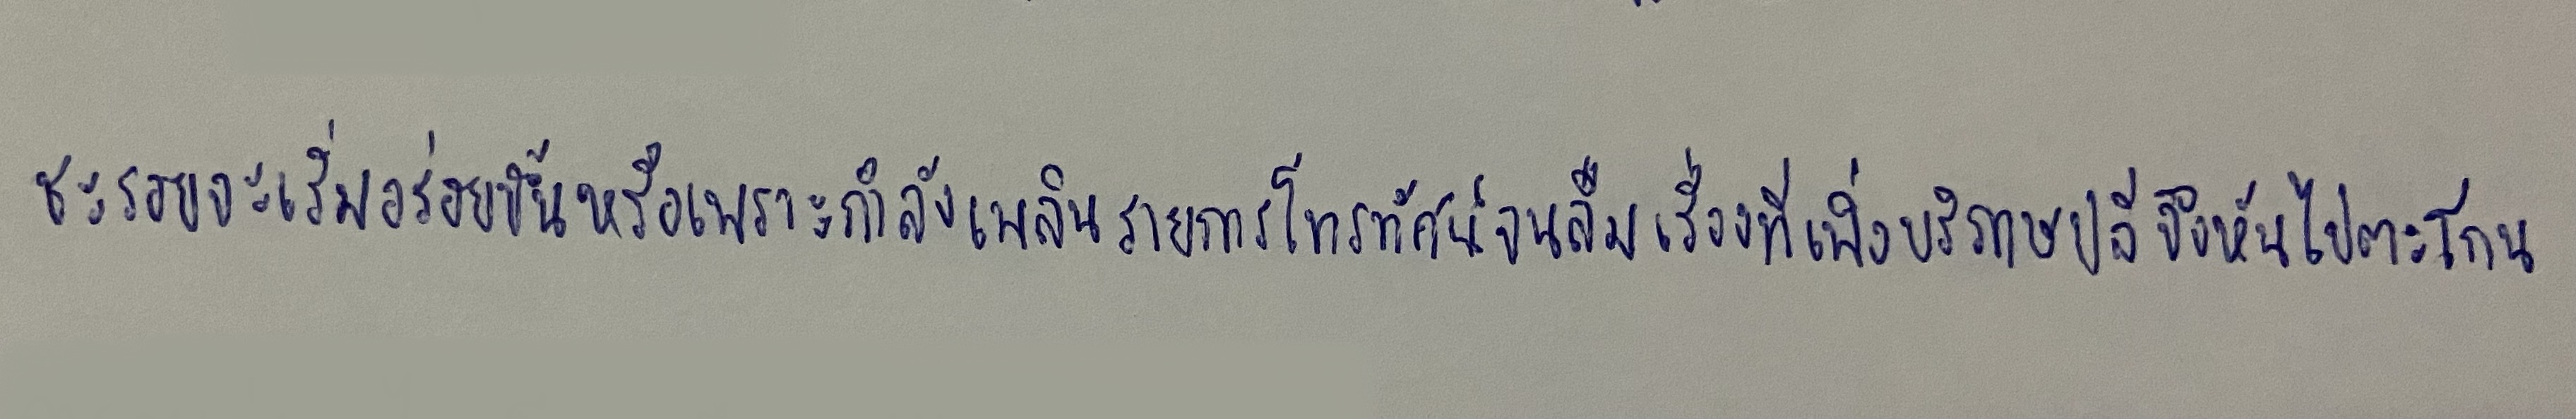
ชะรอยจะเริ่มอร่อยขึ้นหรือเพราะกำลังเพลินรายการโทรทัศน์จนลืมเรื่องที่เพิ่งบริภาษปลีจึงหันไปตะโกน